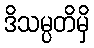
ဒိသမ္ပတိမှိ